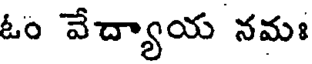
ఓం వేద్యాయ నమః